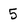
Character: 5